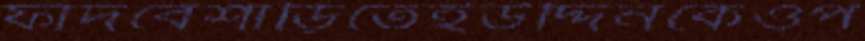
ফাঁদবেশাড়িতেইউদ্দিনকেওপ